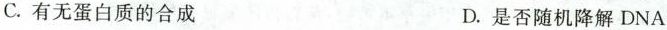
C.有无蛋白质的合成 D.是否随机降解DNA